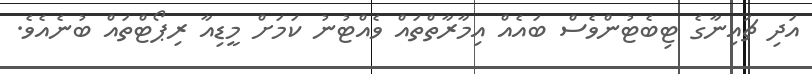
އަދި ޗައިނާގެ ޓިބެޓުންވެސް ބައެއް އިމާރާތްތައް ވެއްޓުނު ކަމަށް މީޑިއާ ރިޕޯޓްތައް ބުނެއެވެ.